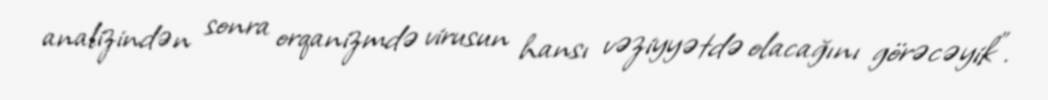
analizindən sonra orqanizmdə virusun hansı vəziyyətdə olacağını görəcəyik”.